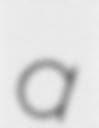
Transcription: a